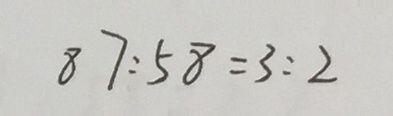
8 7 : 5 8 = 3 : 2